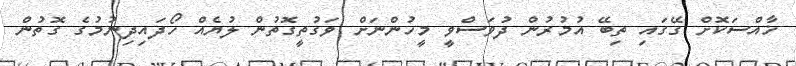
ޚާއްސަކޮށް ގޭގައި ތިބޭ އުމުރުން ދުވަސްވީ މީހުންނަށް ވަގުތީގޮތުން ލުޔެއް ހޯދައިދިނުމުގެ ގޮތުން